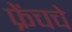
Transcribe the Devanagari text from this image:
फ्रेंचचे